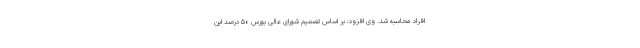
افراد محاسبه شد. وی افزود: بر اساس تصمیم شورای عالی بورس ۵۰ درصد این